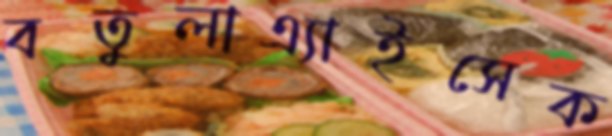
বতুলাএ্যাইসেক